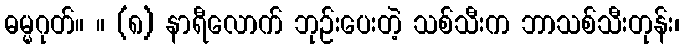
ဓမ္မဂုတ်။ ။ (၈) နာရီလောက် ဘုဉ်းပေးတဲ့ သစ်သီးက ဘာသစ်သီးတုန်း၊